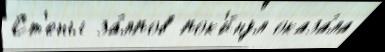
Ст'ены за́лпов пок'и́нул оказа́ла